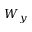
W _ { y }